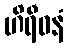
ဟိရီဓနံ